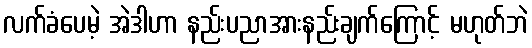
လက်ခံပေမဲ့ အဲဒါဟာ နည်းပညာအားနည်းချက်ကြောင့် မဟုတ်ဘဲ